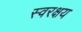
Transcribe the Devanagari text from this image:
स्वरक्षय